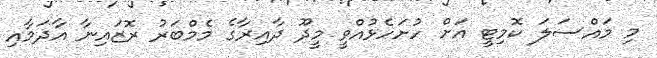
މި މައްސަލަ ކޮމިޓީ އަށް ހުށަހެޅުއްވީ މީދޫ ދާއިރާގެ މެމްބަރު ރޮޒައިނާ އާދަމާއި